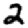
Digit: 2